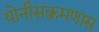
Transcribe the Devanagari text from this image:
योनीसंक्रमणास